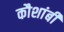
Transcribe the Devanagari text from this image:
कौशांबीं